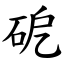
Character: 砨